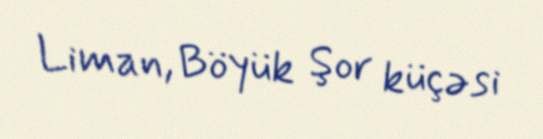
Liman, Böyük Şor küçəsi